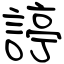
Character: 諪